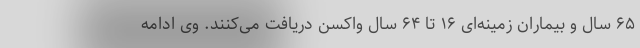
۶۵ سال و بیماران زمینه‌ای ۱۶ تا ۶۴ سال واکسن دریافت می‌کنند. وی ادامه